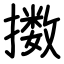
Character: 擞